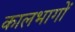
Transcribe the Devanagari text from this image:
कालभागों